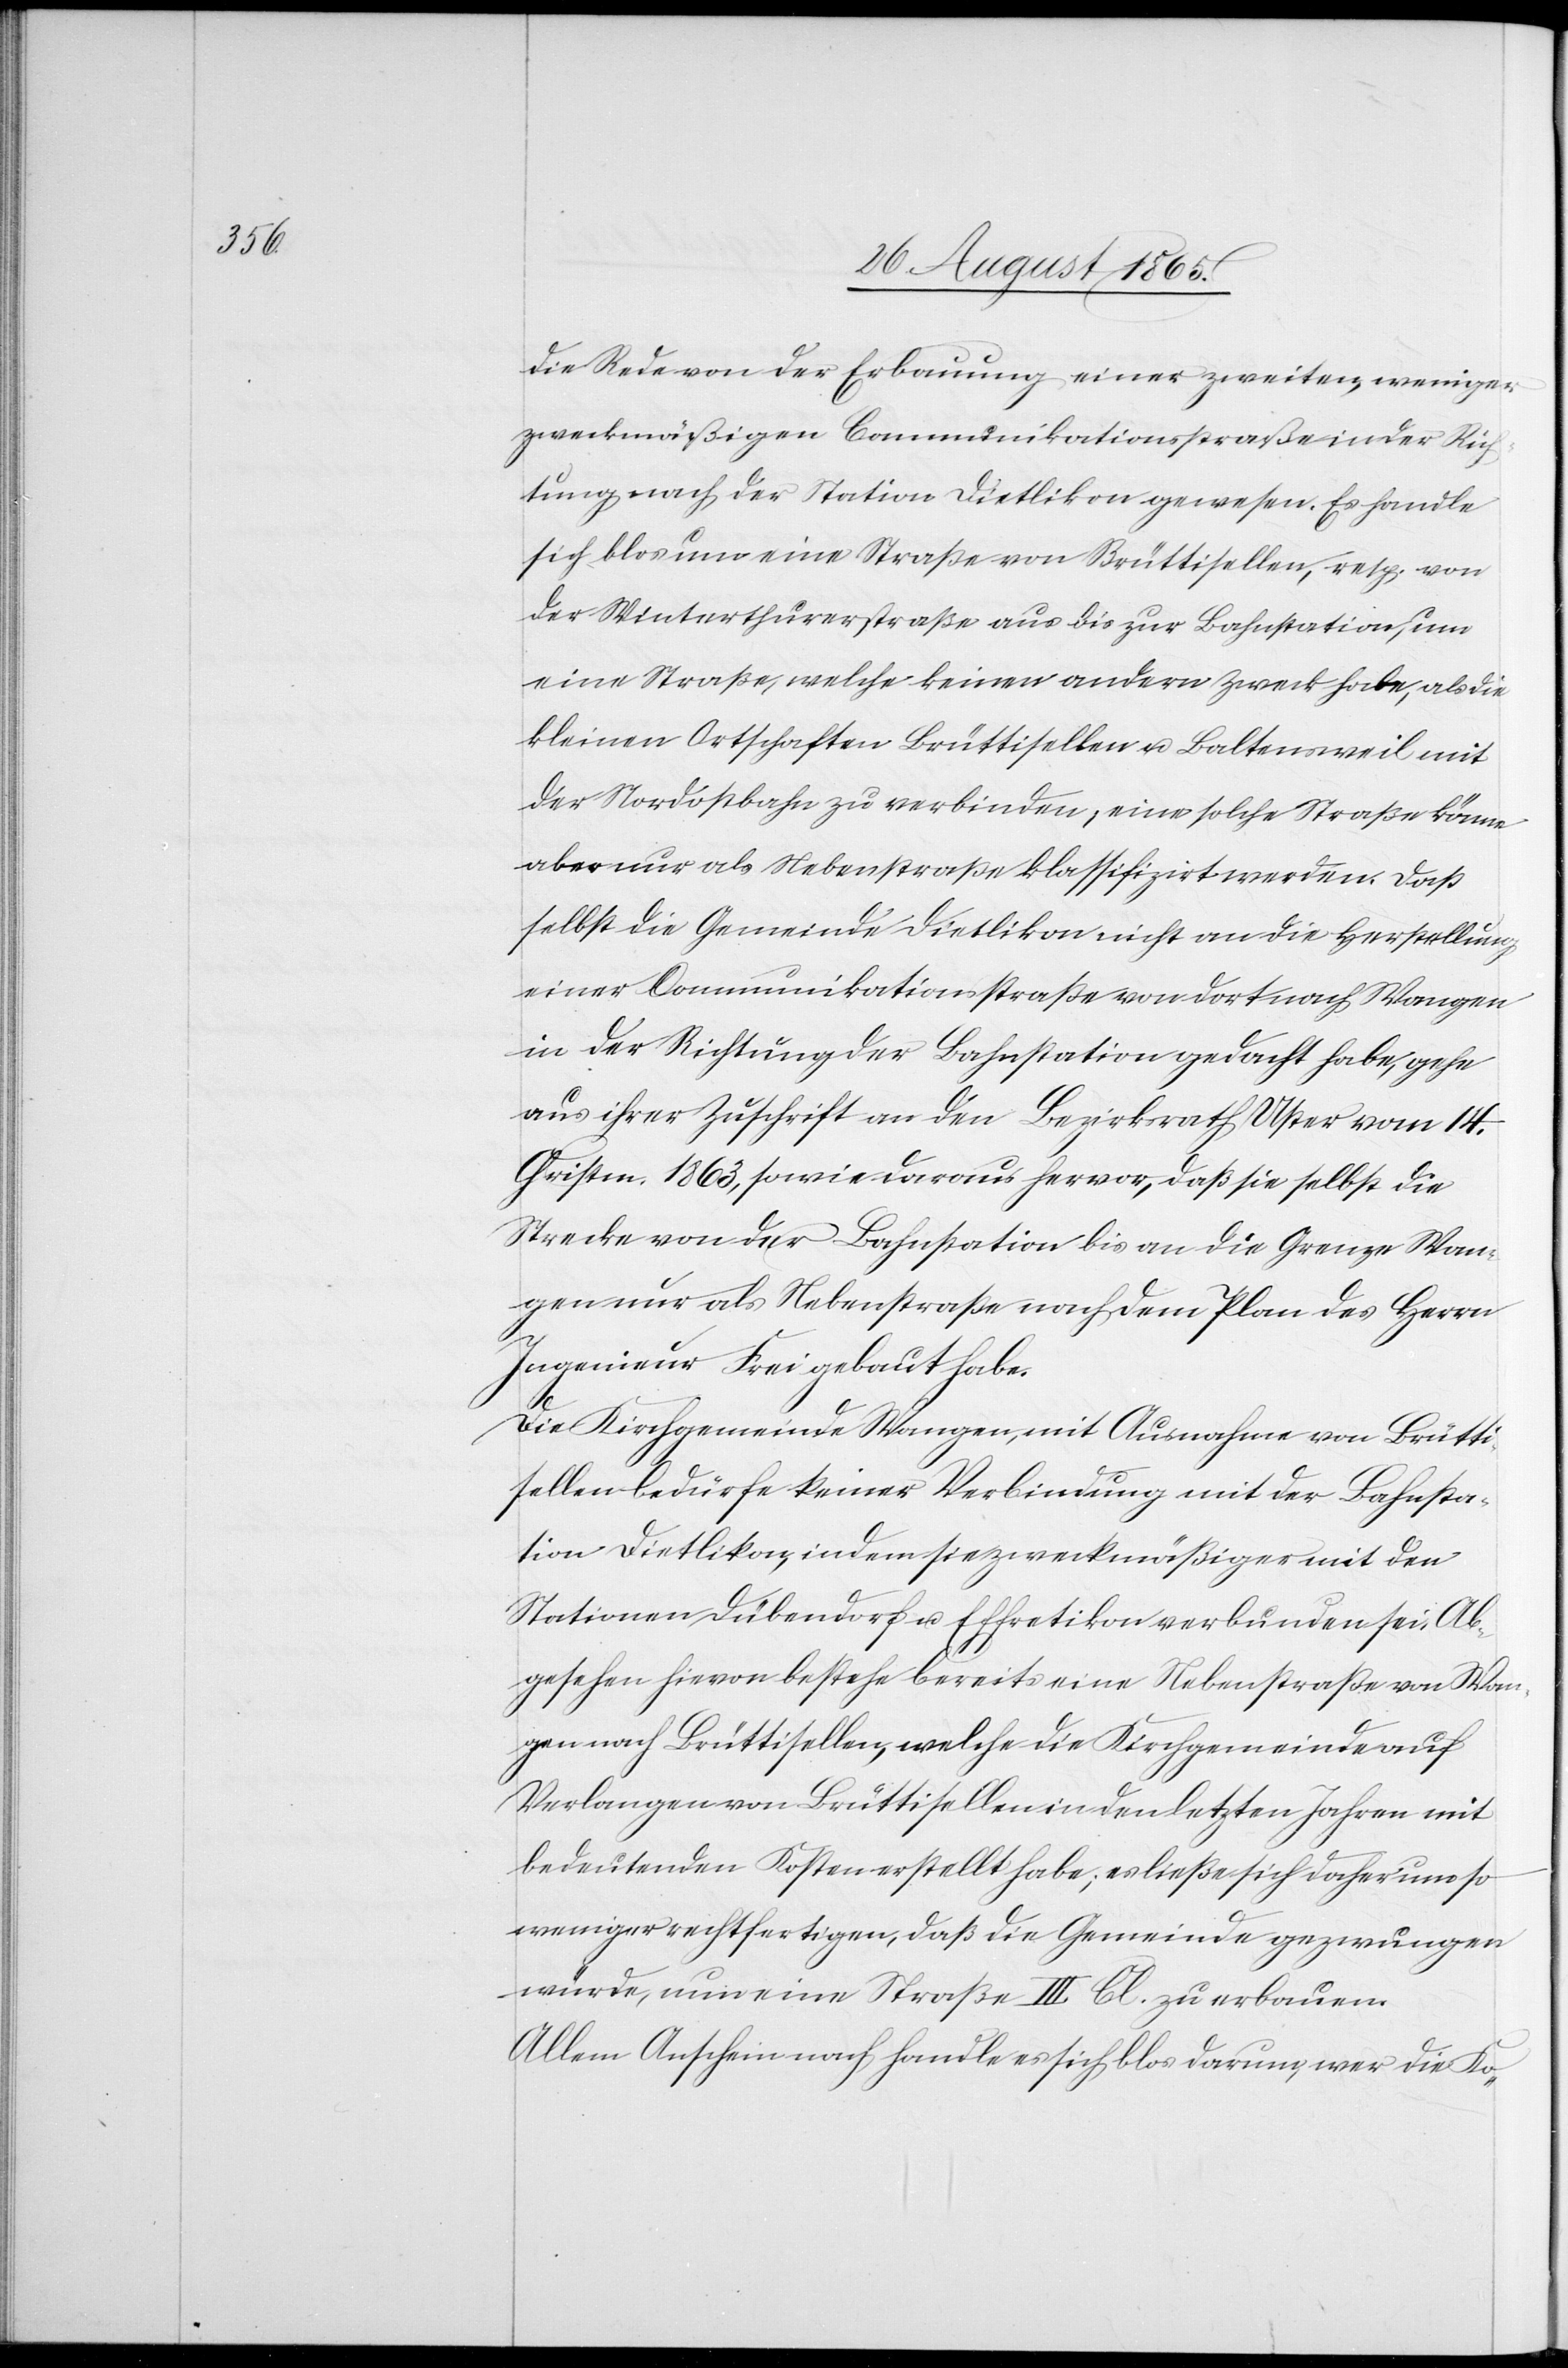
die Rede von der Erbauung einer zweiten, weniger
zweckmäßigen Communikationsstraße in der Rich¬
tung nach der Station Dietlikon gewesen. Es handle
sich blos um eine Straße von Brüttisellen, resp. von
der Winterthurerstraße aus die zur Bahnstation, um
eine Straße, welche keinen andern Zweck habe, als die
kleinen Ortschaften Brüttisellen u. Baltensweil mit
der Nordostbahn zu verbinden, eine solche Straße könne
aber nur als Nebenstraße klassifizirt werden. Daß
selbst die Gemeinde Dietlikon nicht an die Herstellung
einer Communikationsstraße von dort nach Wangen
in der Richtung der Bahnstation gedacht habe, gehe
aus ihrer Zuschrift an den Bezirksrath Uster vom 14.
Christm. 1863, sowie daraus hervor, daß sie selbst die
Strecke von der Bahnstation bis an die Grenze Wan¬
gen nur als Nebenstraße nach dem Plan des Herrn
Ingenieur Frei gebaut habe.
Die Kirchgemeinde Wangen, mit Ausnahme von Brütti¬
sellen bedürfe keiner Verbindung mit der Bahnsta¬
tion Dietlikon, indem sie zweckmäßiger mit den
Stationen Dübendorf u. Effretikon verbunden sei. Ab¬
gesehen hievon bestehe bereits eine Nebenstraße von Wan¬
gen nach Brüttisellen, welche die Gemeinde auf
Verlangen von Brüttisellen in den letzten Jahren mit
bedeutenden Kosten erstellt habe; es ließe sich daher um so
weniger rechtfertigen, daß die Gemeinde gezwungen
würde, nun eine Straße III. Cl. zu erbauen.
Allem Anschein nach handle es sich blos darum, wer die Ko-